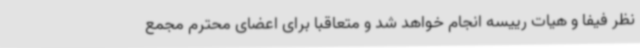
نظر فیفا و هیات رییسه انجام خواهد شد و متعاقبا برای اعضای محترم مجمع